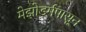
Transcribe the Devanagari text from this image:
मेझोडर्मपासून